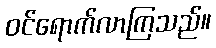
ဝင်ရောက်လာကြသည်။